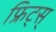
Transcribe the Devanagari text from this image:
फ्रिट्स्